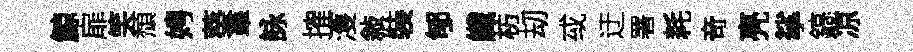
鯨扉笑頹娉葵羣詠搉濩敍裝郇纖枋刧㦯迂署耗竒亮挲鎬凉